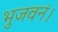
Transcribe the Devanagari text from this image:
भुजवनं।